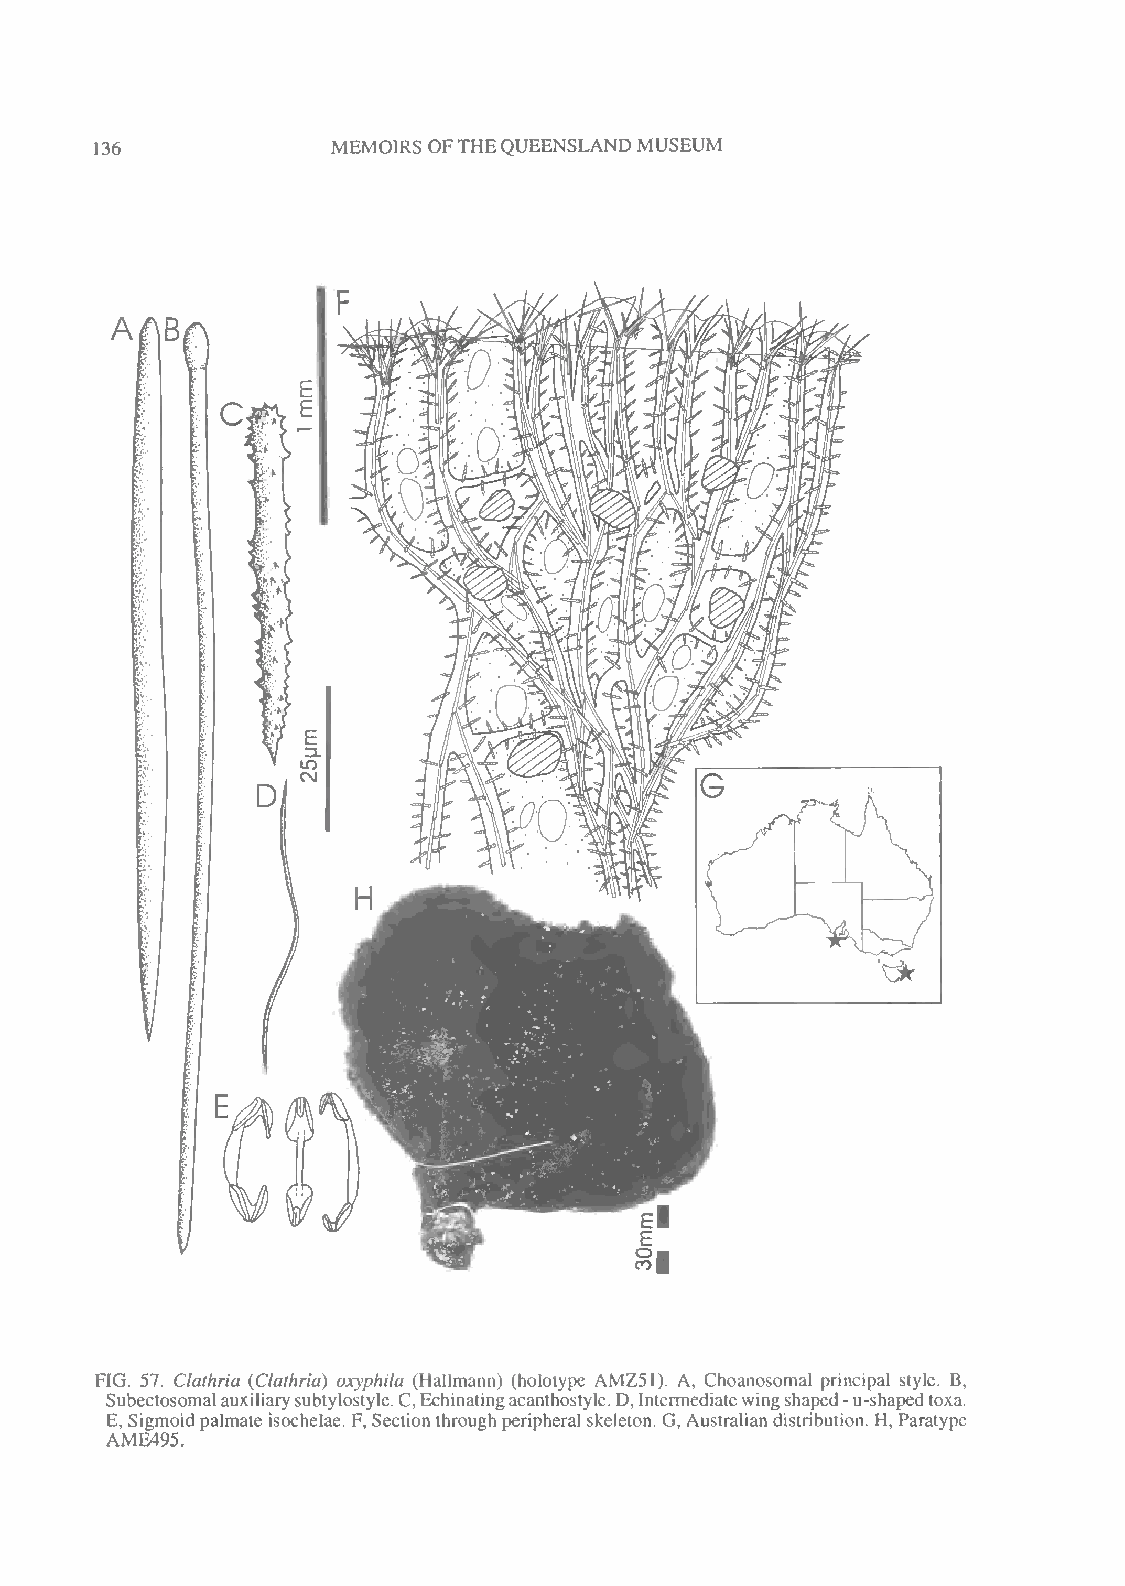
MEMOIRS OFTHEQUEENSLAND MUSEUM
 136
 FIG. 57. Clathria (Clathria) oxyphila (Hallmann) (holotype AMZ51). A, Choanosomal principal style. B,
 Subectosomalauxiliarysubtylostyle.C,Echinatingacanthostyle.D,Intermediatewingshaped-u-shapedtoxa.
 E, Sigmoidpalmate isochelae. F, Section through peripheral skeleton. G, Australiandistribution. H, Paratype
 AME495.